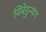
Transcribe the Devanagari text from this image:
विंबेडुन्यंग